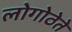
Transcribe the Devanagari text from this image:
लोगोठेते